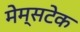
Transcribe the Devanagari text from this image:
मेम्सटेक